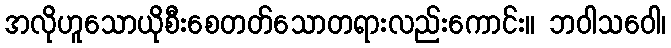
အလိုဟူသောယိုစီးစေတတ်သောတရားလည်းကောင်း။ ဘဝါသဝေါ၊